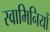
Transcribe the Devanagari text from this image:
स्वामिनियों